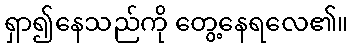
ရှာ၍နေသည်ကို တွေ့နေရလေ၏။